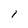
Character: 1